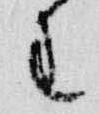
王